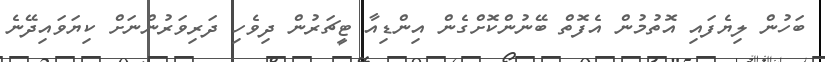
ބަހުން ލިޔެފައި އޮތުމުން އެފޮތް ބޭނުންކޮށްގެން އިންޑިއާ ޓީޗަރުން ދިވެހި ދަރިވަރުންނަށް ކިޔަވައިދޭނެ